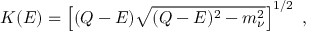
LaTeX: K ( E ) = \left[ ( Q - E ) \sqrt { ( Q - E ) ^ { 2 } - m _ { \nu } ^ { 2 } } \right] ^ { 1 / 2 } \ ,